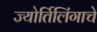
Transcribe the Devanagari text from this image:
ज्‍योर्तिलिंगाचे